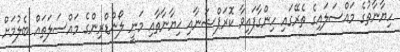
ހިޔާނާތުގެ މައްސަލައިގެ ތެރޭގައި ހިންގާފައިވާ ކޮރަޕްޝަނާއި ޚިޔާނާތާއި މަނީ ލޯންޑްރިންގެ މައްސަލަތައް ބެލުމަށް